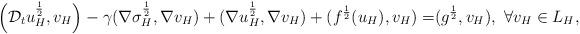
LaTeX: \begin{align*}\Big{(}\mathcal{D}_tu_H^{\frac12},v_H\Big{)}-\gamma(\nabla \sigma_H^{\frac12},\nabla v_H)+(\nabla u_H^{\frac12},\nabla v_H)+(f^{\frac12}(u_H),v_H)=&(g^{\frac12},v_H),~\forall v_H\in L_H,\end{align*}